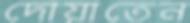
দোয়াতেন